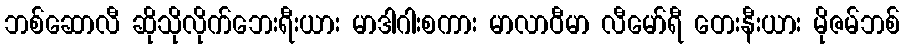
ဘစ်ဆောလီ ဆိုသိုလိုက်ဘေးရီးယား မာဒါဂါးစကား မာလာဝီမာ လီမော်ရီ တေးနီးယား မိုဇမ်ဘစ်